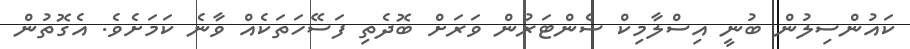
ކައުންސިލުން ބުނީ އިސްލާމިކް ސެންޓަރުން ވަރަށް ބޮދެތި ފަސޭހަތަކެއް ވާނެ ކަމަށެވެ. އެގޮތުން